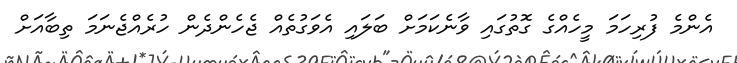
އެންމެ ފުރިހަމަ މީހެއްގެ ގޮތުގައި ވާނެކަމަށް ބަލައި އެވަގުތެއް ޖެހެންދެން ހުރެއްޖެނަމަ ތިބާއަށް